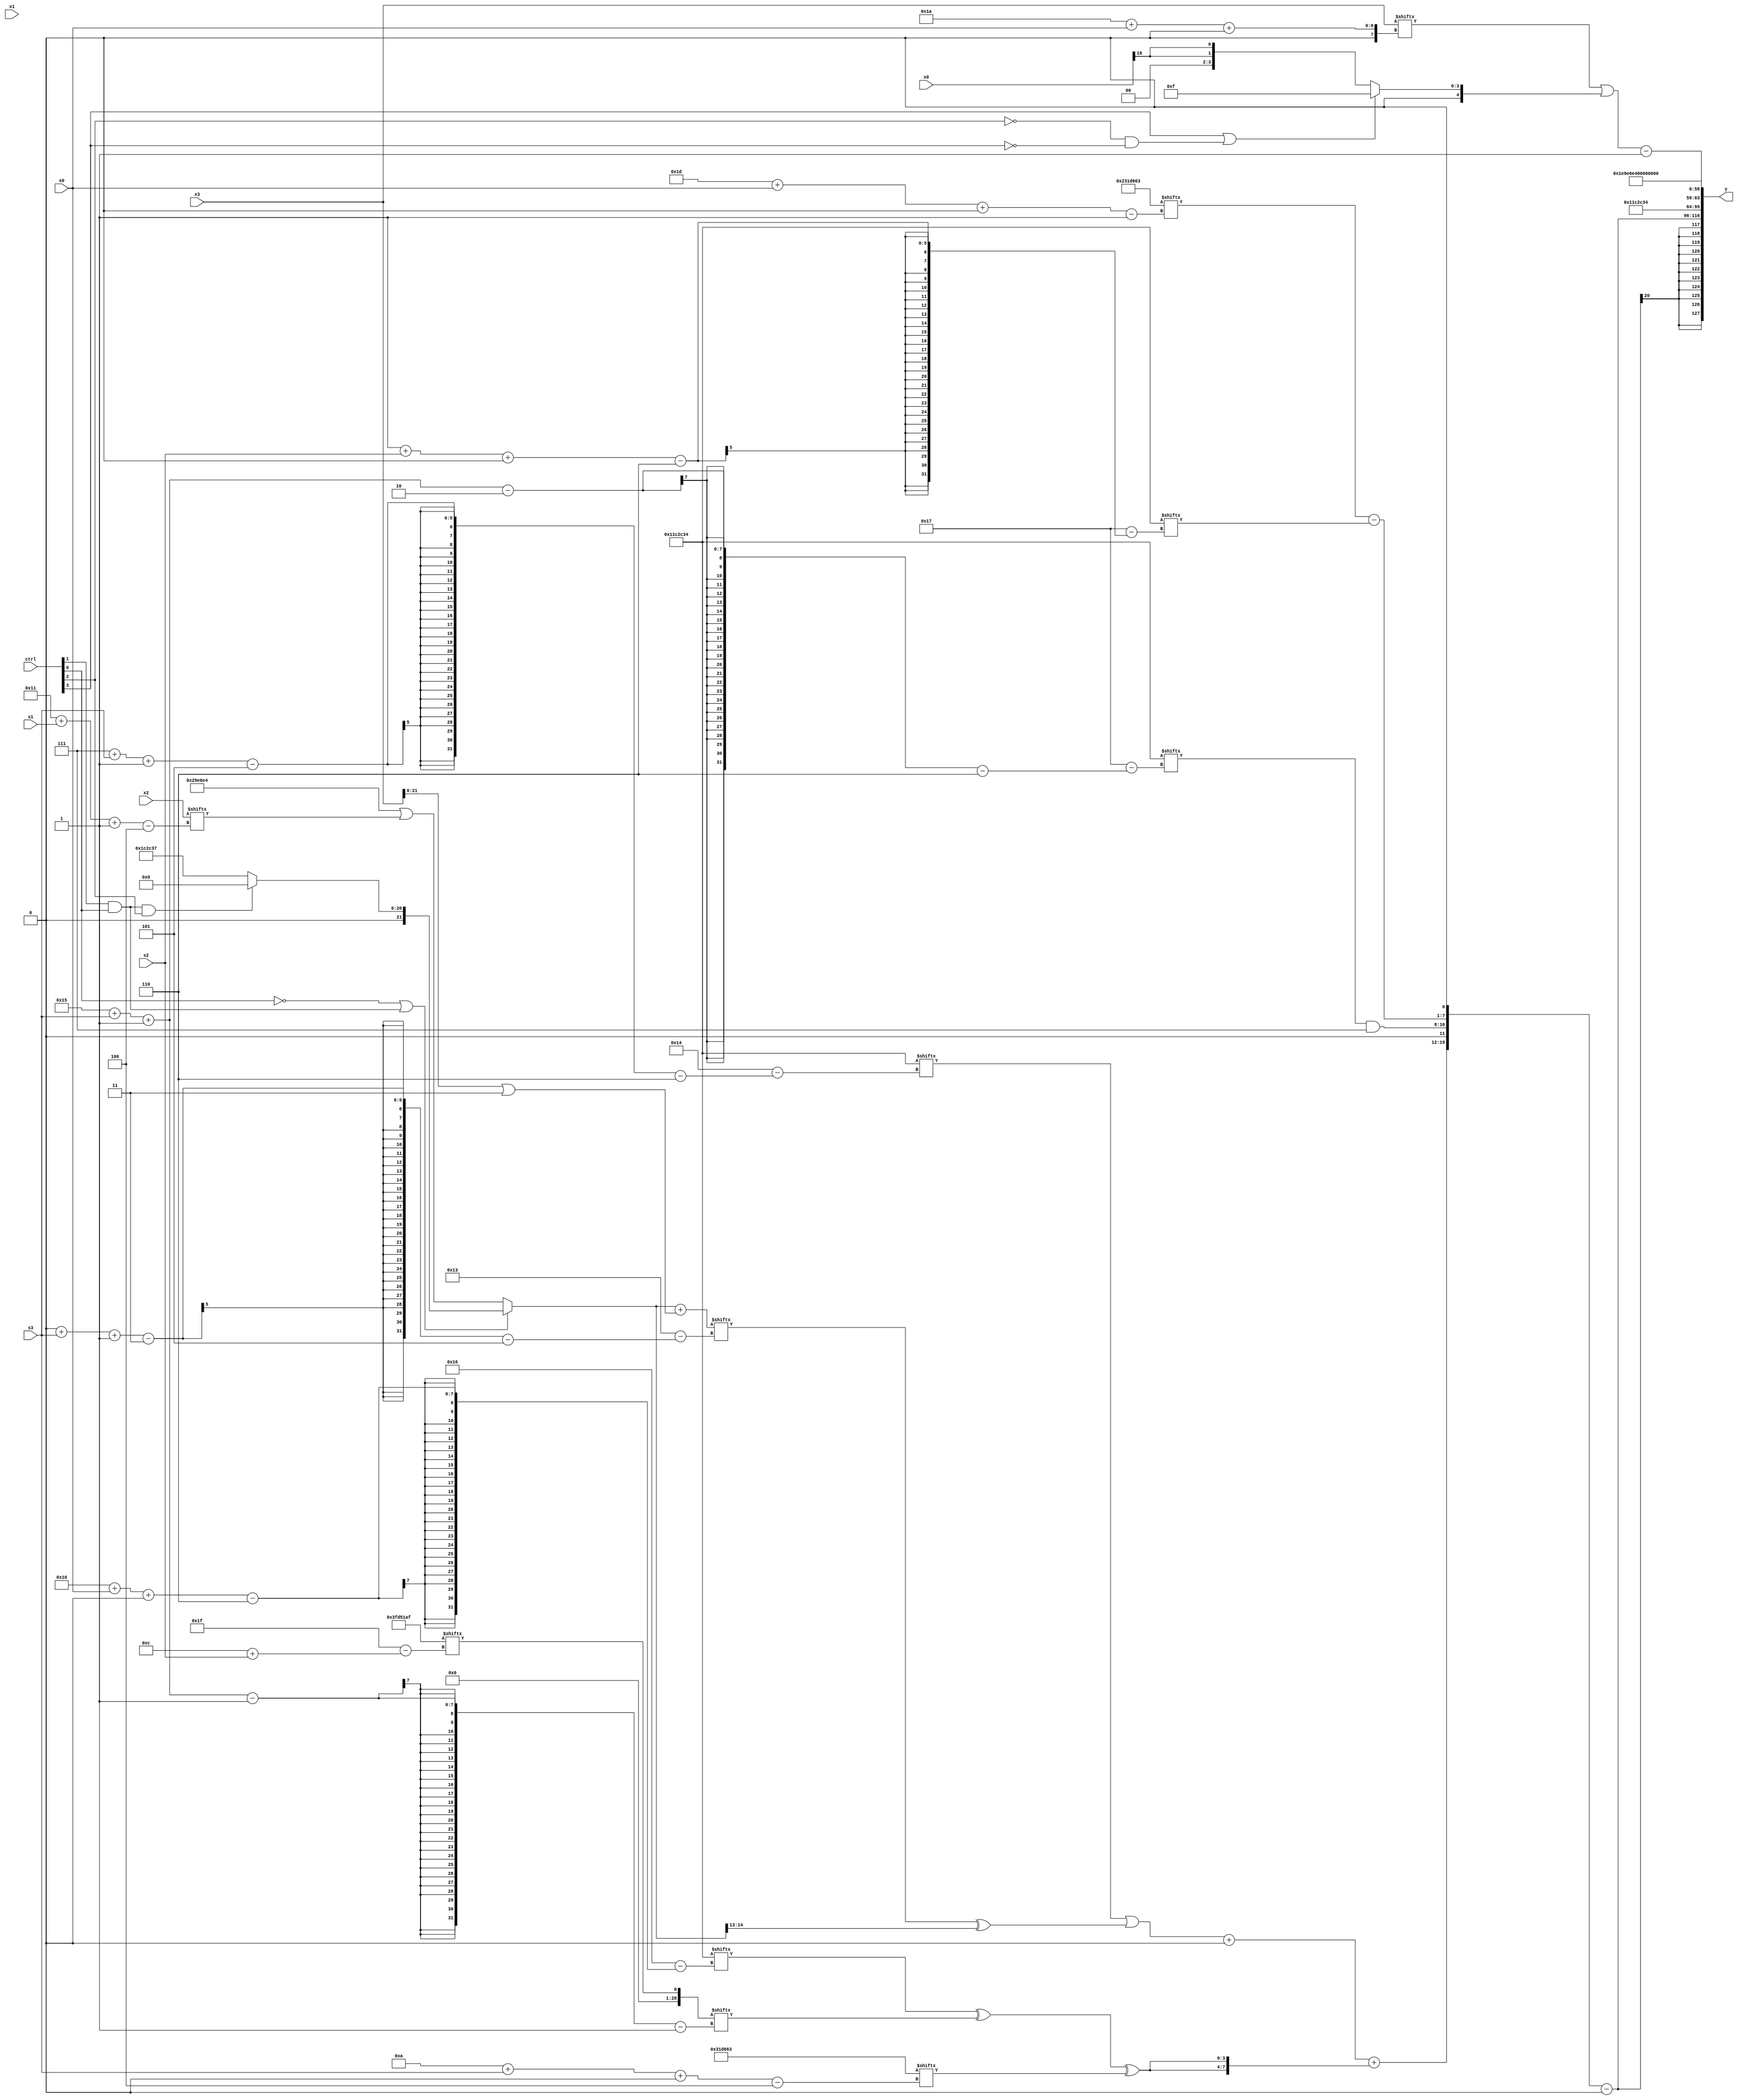
module partsel_00153(ctrl, s0, s1, s2, s3, x0, x1, x2, x3, y);
  input [3:0] ctrl;
  input [2:0] s0;
  input [2:0] s1;
  input [2:0] s2;
  input [2:0] s3;
  input [31:0] x0;
  input signed [31:0] x1;
  input [31:0] x2;
  input signed [31:0] x3;
  wire signed [30:0] x4;
  wire [0:25] x5;
  wire [25:1] x6;
  wire [29:1] x7;
  wire signed [28:6] x8;
  wire [5:26] x9;
  wire [26:2] x10;
  wire signed [27:4] x11;
  wire signed [31:7] x12;
  wire signed [29:4] x13;
  wire signed [5:28] x14;
  wire [28:4] x15;
  output [127:0] y;
  wire [31:0] y0;
  wire signed [31:0] y1;
  wire [31:0] y2;
  wire signed [31:0] y3;
  assign y = {y0,y1,y2,y3};
  localparam [6:30] p0 = 857484340;
  localparam [29:1] p1 = 573691491;
  localparam [26:0] p2 = 971630308;
  localparam signed [0:31] p3 = 66933167;
  assign x4 = p0;
  assign x5 = p2[12 +: 1];
  assign x6 = {2{(!ctrl[0] || ctrl[1] && ctrl[0] ? (ctrl[1] && ctrl[0] && ctrl[2] ? {2{x5[14]}} : (p2[14 -: 2] ^ p0)) : (p2 | x2[17 + s1 -: 4]))}};
  assign x7 = p3[12 + s2];
  assign x8 = ((ctrl[2] && !ctrl[1] && !ctrl[3] ? (x0 ^ (ctrl[3] || ctrl[0] || ctrl[3] ? (p1[22] ^ x7[10 + s1 -: 3]) : (!ctrl[2] && ctrl[3] || !ctrl[1] ? x0[18 + s2 -: 4] : p0))) : {((((p1[31 + s2 -: 1] ^ p2) + x2[9]) + p0[8 + s0 +: 8]) ^ {2{p3}}), x5}) - ({x5, (p0[19] | p2[12 -: 1])} & x7[18 +: 4]));
  assign x9 = (x6 + (x3 | p0[8 +: 4]));
  assign x10 = (ctrl[2] && !ctrl[3] || ctrl[1] ? (({p0[21 -: 3], p2[4 + s1]} - (p2 + (((x9 ^ x0) + ((p2[2 + s0 +: 3] - ((x7[14 +: 4] | x1[12]) ^ (x6 - p2[12 +: 2]))) - (x0[11 +: 3] & p2[14 -: 3]))) & p1[18 -: 2]))) + x8) : x1[17 -: 1]);
  assign x11 = p1;
  assign x12 = (x4[23 -: 1] - {(({2{((x8[3 + s1 -: 8] & x10[14 + s0]) + p2[17 + s3 -: 5])}} ^ (p1[10 +: 3] | p0[10 + s0 -: 8])) & p0), x9[12]});
  assign x13 = x5[20];
  assign x14 = (p3[14 + s2] - p1);
  assign x15 = x8[7 + s3 -: 5];
  assign y0 = ({{(((p0[7 + s3 -: 5] | (x9[0 + s3 -: 3] ^ x6[15 -: 2])) + x15[9 +: 2]) + {2{((p0[16 + s0 +: 3] ^ x7[21 + s3 -: 1]) ^ x11[10 + s3 +: 4])}}), {(p0[21 + s3 -: 2] & p0[12 -: 4]), (p1[29 + s0 +: 7] - p0[1 + s2 +: 2])}}, p3[16]} - x13[14]);
  assign y1 = x4;
  assign y2 = {((x3[26 + s0 +: 3] | (ctrl[3] || !ctrl[2] && !ctrl[3] ? ((p2[18] & x6[23]) | p3) : {2{x0[18]}})) - p2[10]), p2};
  assign y3 = p3[14];
endmodule